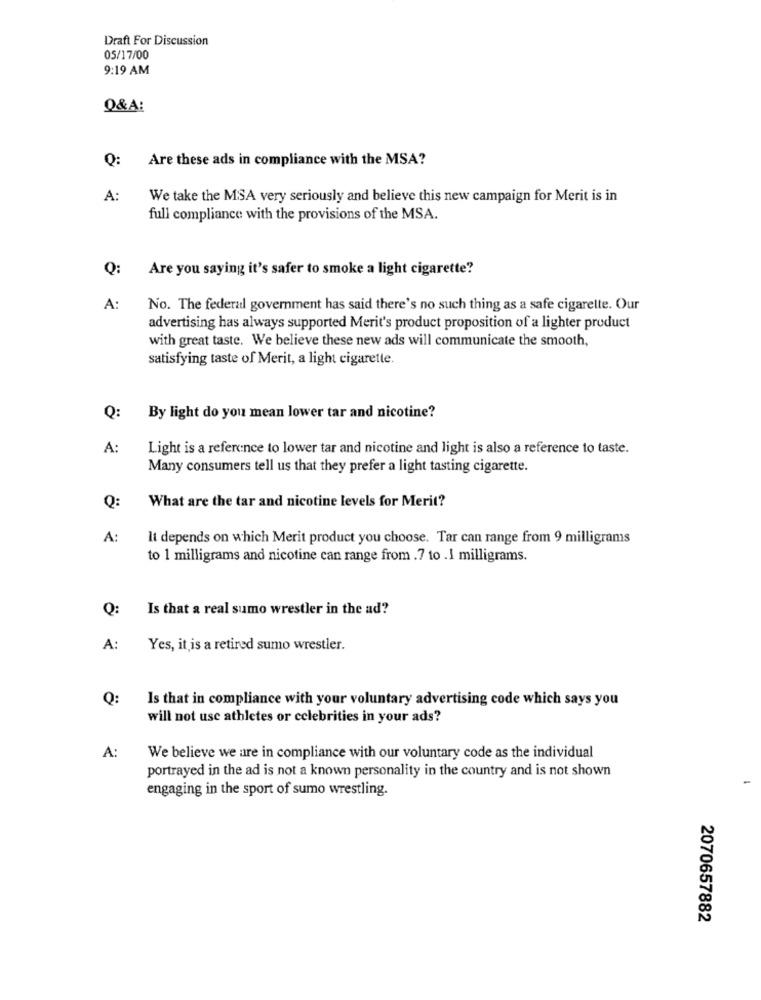
Draft For Discussion
05/17/00
9:19 AM
Q&A:
Q:
Are these ads in compliance with the MSA?
A:
We take the MSA very seriously and believe this new campaign for Merit is in
full compliance with the provisions of the MSA.
Q:
Are you saying it's safer to smoke a light cigarette?
A:
No. The federal government has said there's no such thing as a safe cigarette. Our
advertising has always supported Merit's product proposition of a lighter product
with great taste. We believe these new ads will communicate the smooth,
satisfying taste of Merit, a light cigarette.
Q:
By light do you mean lower tar and nicotine?
A:
Light is a reference to lower tar and nicotine and light is also a reference to taste.
Many consumers tell us that they prefer a light tasting cigarette.
What are the tar and nicotine levels for Merit?
Q:
A:
It depends on which Merit product you choose. Tar can range from 9 milligrams
to 1 milligrams and nicotine can range from .7 to . I milligrams.
Q:
Is that a real sumo wrestler in the ad?
A:
Yes, it is a retired sumo wrestler.
Q:
Is that in compliance with your voluntary advertising code which says you
will not use athletes or celebrities in your ads?
A:
We believe we are in compliance with our voluntary code as the individual
portrayed in the ad is not a known personality in the country and is not shown
engaging in the sport of sumo wrestling.
2070657882